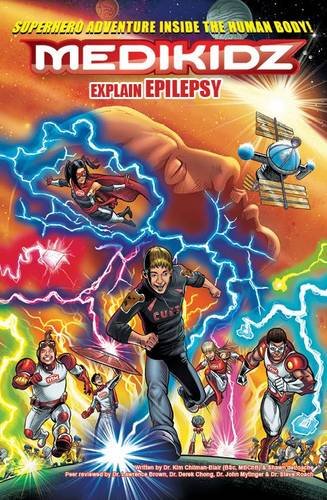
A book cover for Medikidz Explain Epilepsy: What's Up with Jack?; Kim Chilman-Blair; Health, Fitness & Dieting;